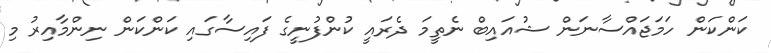
ކަންކަން ހަމަޖައްސާނަން ޝުއައިބް ނެތީމަ ދެރައީ ކުންފުނީގެ ފައިސާގައި ކަންކަން ނިންމާއިރު މި